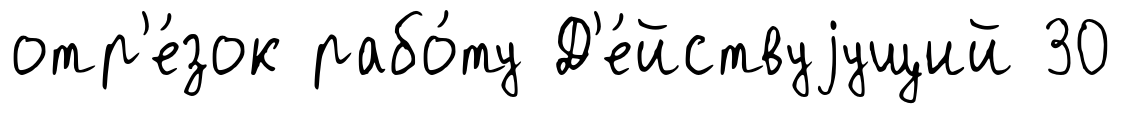
отр'е́зок рабо́ту Д'е́йствуjущий 30